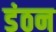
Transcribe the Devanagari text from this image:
डंठन